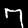
Digit: 7